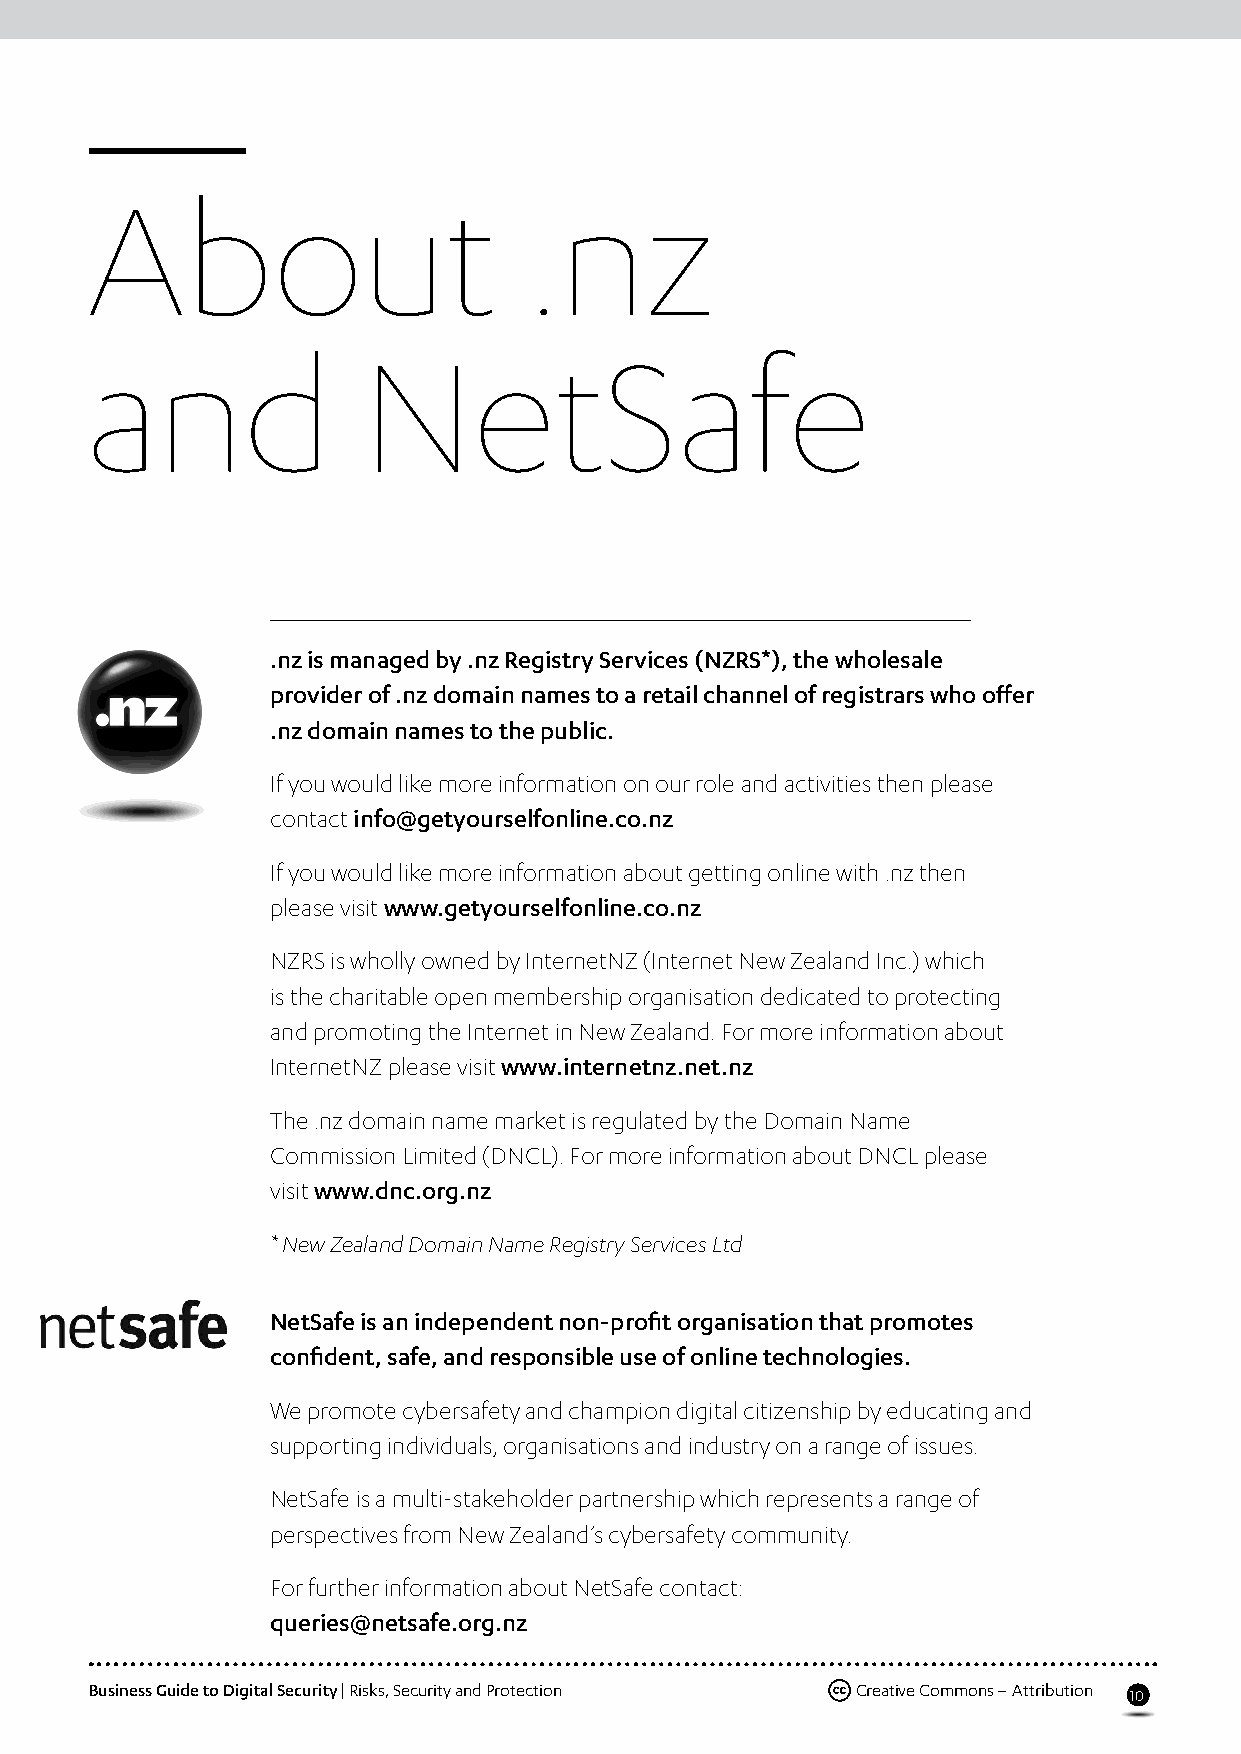
About                        .nz
 and               NetSafe
 .nz is managed by .nz Registry Services (NZRS*), the wholesale
 provider of .nz domain names to a retail channel of registrars who offer
 .nz domain names to the public.
 If you would like more information on our role and activities then please
 contact info@getyourselfonline.co.nz
 If you would like more information about getting online with .nz then
 please visit www.getyourselfonline.co.nz
 NZRS is wholly owned by InternetNZ (Internet New Zealand Inc.) which
 is the charitable open membership organisation dedicated to protecting
 and promoting the Internet in New Zealand. For more information about
 InternetNZ please visit www.internetnz.net.nz
 The .nz domain name market is regulated by the Domain Name
 Commission Limited (DNCL). For more information about DNCL please
 visit www.dnc.org.nz
 * New Zealand Domain Name Registry Services Ltd
 NetSafe is an independent non-profit organisation that promotes
 confident, safe, and responsible use of online technologies.
 We promote cybersafety and champion digital citizenship by educating and
 supporting individuals, organisations and industry on a range of issues.
 NetSafe is a multi-stakeholder partnership which represents a range of
 perspectives from New Zealand’s cybersafety community.
 For further information about NetSafe contact:
 queries@netsafe.org.nz
 Business Guide to Digital Security | Risks, Security and Protection Creative Commons – Attribution
 10